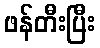
ဖန်တီးပြီး